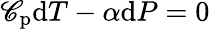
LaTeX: \mathscr{C}_{\mathrm{{p}}}\mathrm{{d}}T-\alpha\mathrm{{d}}P=0